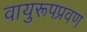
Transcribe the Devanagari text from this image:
वायुरूपप्रवण